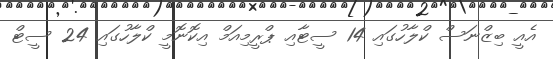
އެއީ ބިޒްނަސް ކްލާހުގައި 14 ސީޓާއި ޕްރީމިއަމް އިކޮނޮމީ ކްލާހުގައި 24 ސީޓް